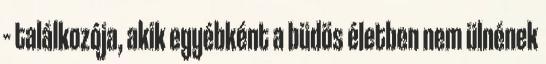
– találkozója, akik egyébként a büdös életben nem ülnének